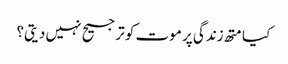
کیا متھ زندگی پر موت کو ترجیح نہیں دیتی؟